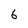
Character: 6